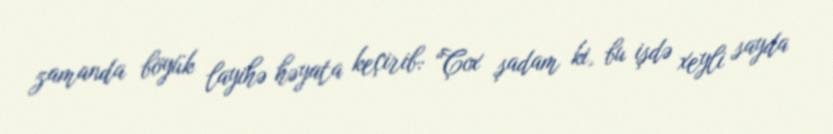
zamanda böyük layihə həyata keçirib: “Çox şadam ki, bu işdə xeyli sayda